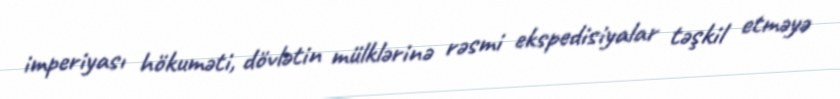
imperiyası hökuməti, dövlətin mülklərinə rəsmi ekspedisiyalar təşkil etməyə